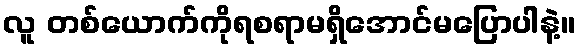
လူ တစ်ယောက်ကိုရစရာမရှိအောင်မပြောပါနဲ့။